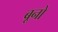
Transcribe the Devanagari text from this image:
बूनो